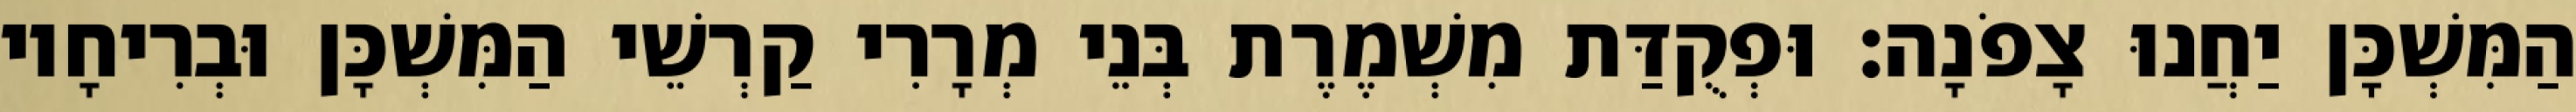
הַמִּשְׁכָּן יַחֲנוּ צָפֹנָה׃ וּפְקֻדַּת מִשְׁמֶרֶת בְּנֵי מְרָרִי קַרְשֵׁי הַמִּשְׁכָּן וּבְרִיחָיו